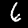
Label: 6